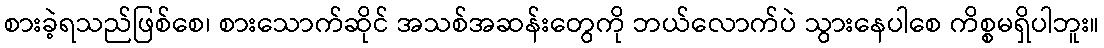
စားခဲ့ရသည်ဖြစ်စေ၊ စားသောက်ဆိုင် အသစ်အဆန်းတွေကို ဘယ်လောက်ပဲ သွားနေပါစေ ကိစ္စမရှိပါဘူး။